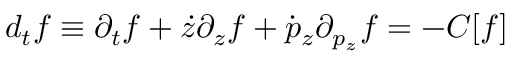
d _ { t } f \equiv \partial _ { t } f + { \dot { z } } \partial _ { z } f + { \dot { p } _ { z } } \partial _ { p _ { z } } f = - C [ f ]